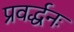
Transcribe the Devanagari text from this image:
प्रवर्द्धनः